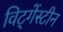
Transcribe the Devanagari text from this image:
विट्गेंस्टीन